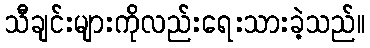
သီချင်းများကိုလည်းရေးသားခဲ့သည်။